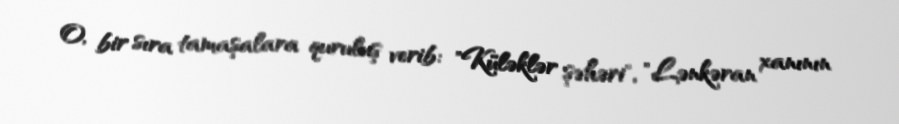
O, bir sıra tamaşalara quruluş verib: "Küləklər şəhəri", "Lənkəran xanının